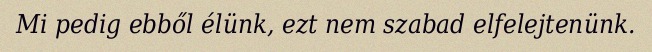
Mi pedig ebből élünk, ezt nem szabad elfelejtenünk.